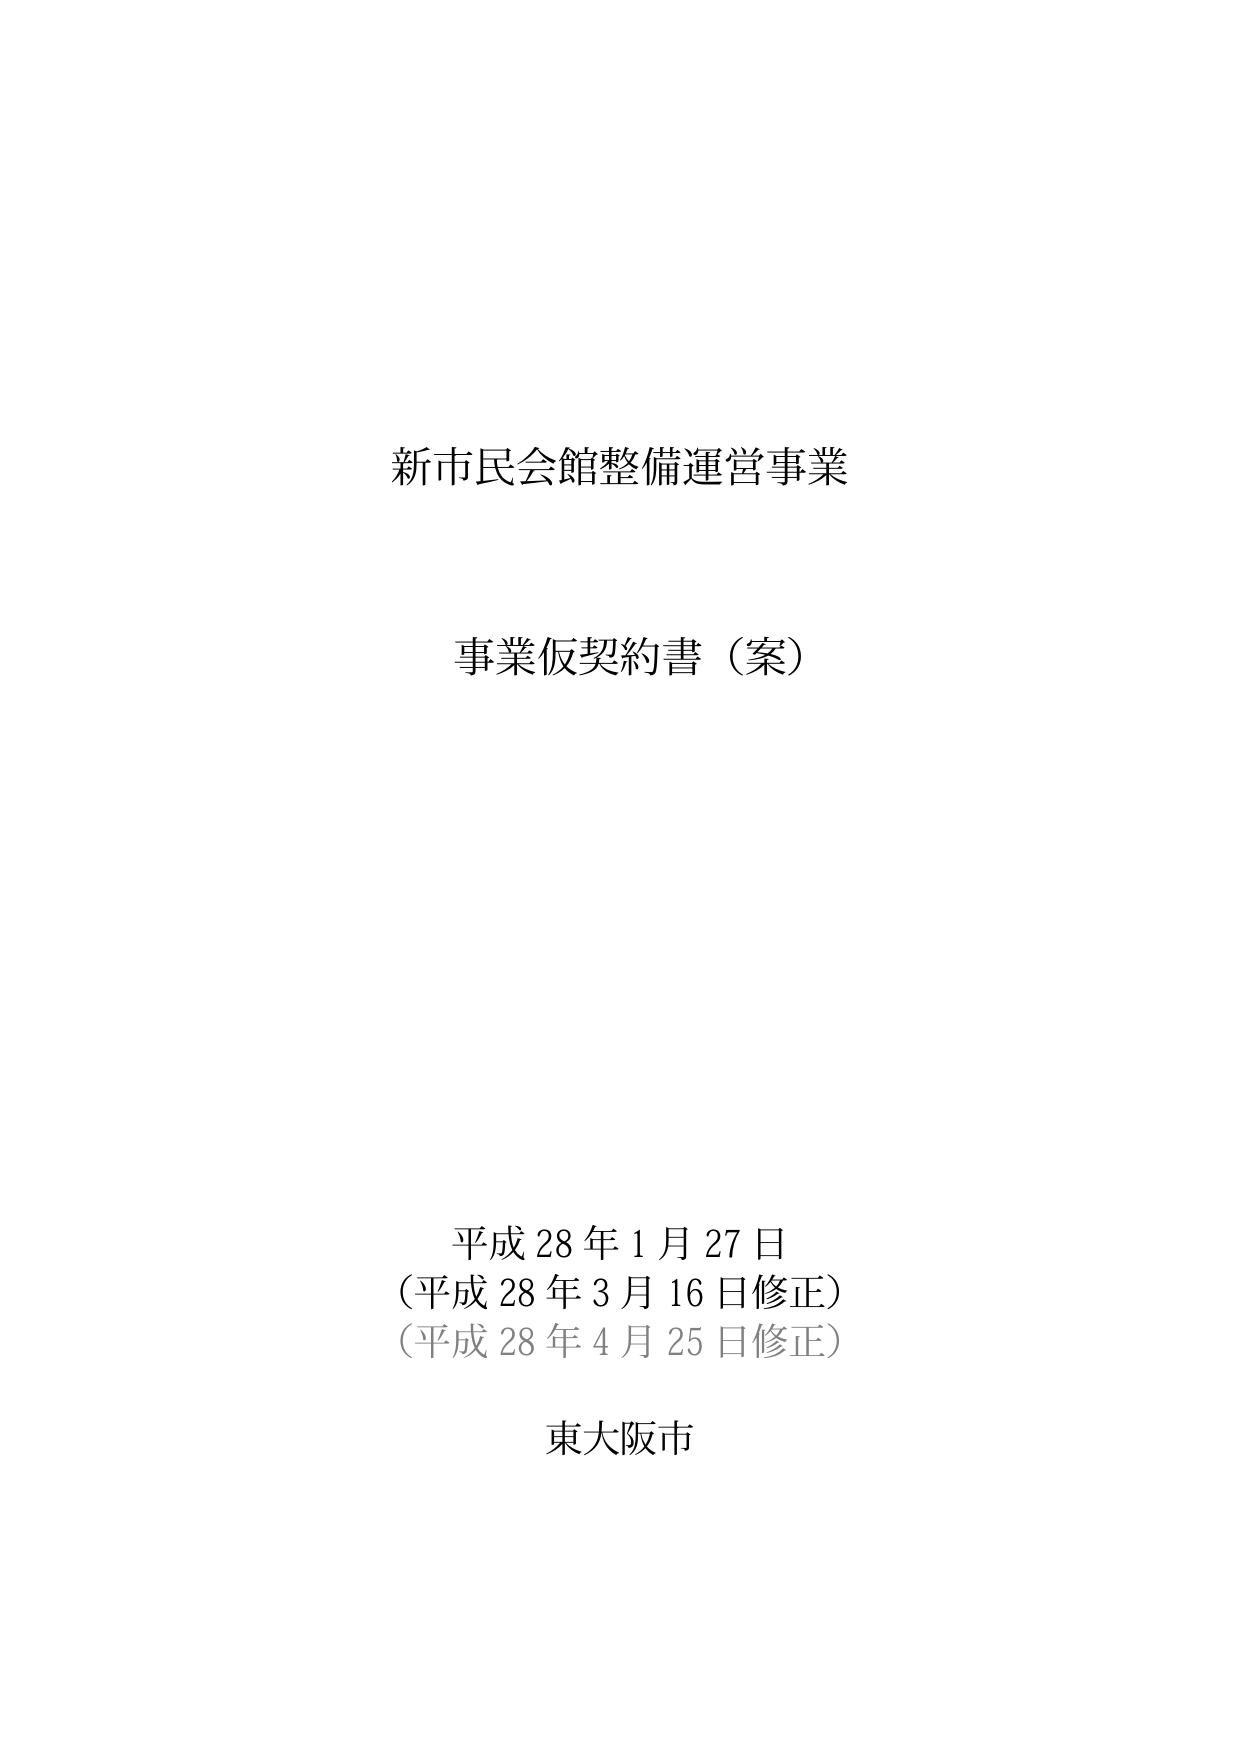
新市民会館整備運営事業

事業仮契約書（案）

平成28年1月27日
（平成28年3月16日修正）
（平成28年4月25日修正）

東大阪市